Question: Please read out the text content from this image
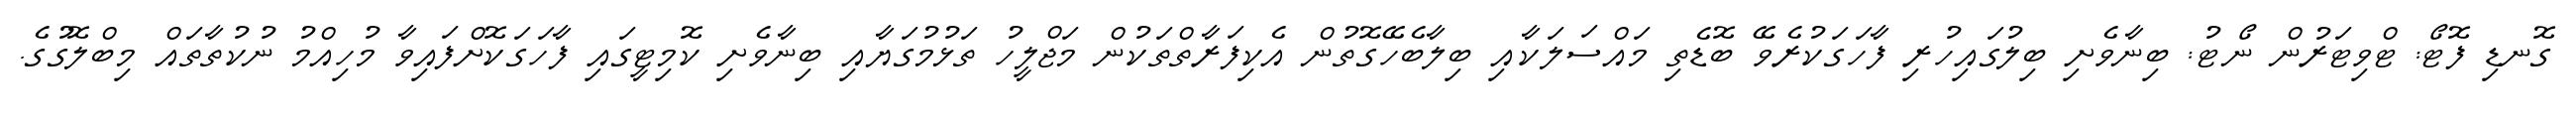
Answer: ގޮނޑި ފޮޓޯ: ޓްވިޓަރުން ނޯޓު: ބިނާވެށި ބިލުގައިހުރި ފާހަގަކުރެވޭ ބޮޑެތި މައްސަލަކާއި ބިލާބެހޭގޮތުން އެކިފަރާތްތަކުން މަޖްލީހު ތަޅުމުގަޔާއި ބިނާވެށި ކޮމިޓީގައި ފާހަގަކޮށްފައިވާ މުހިއްމު ނުކުތާތައް މިބްލޮގުގެ.